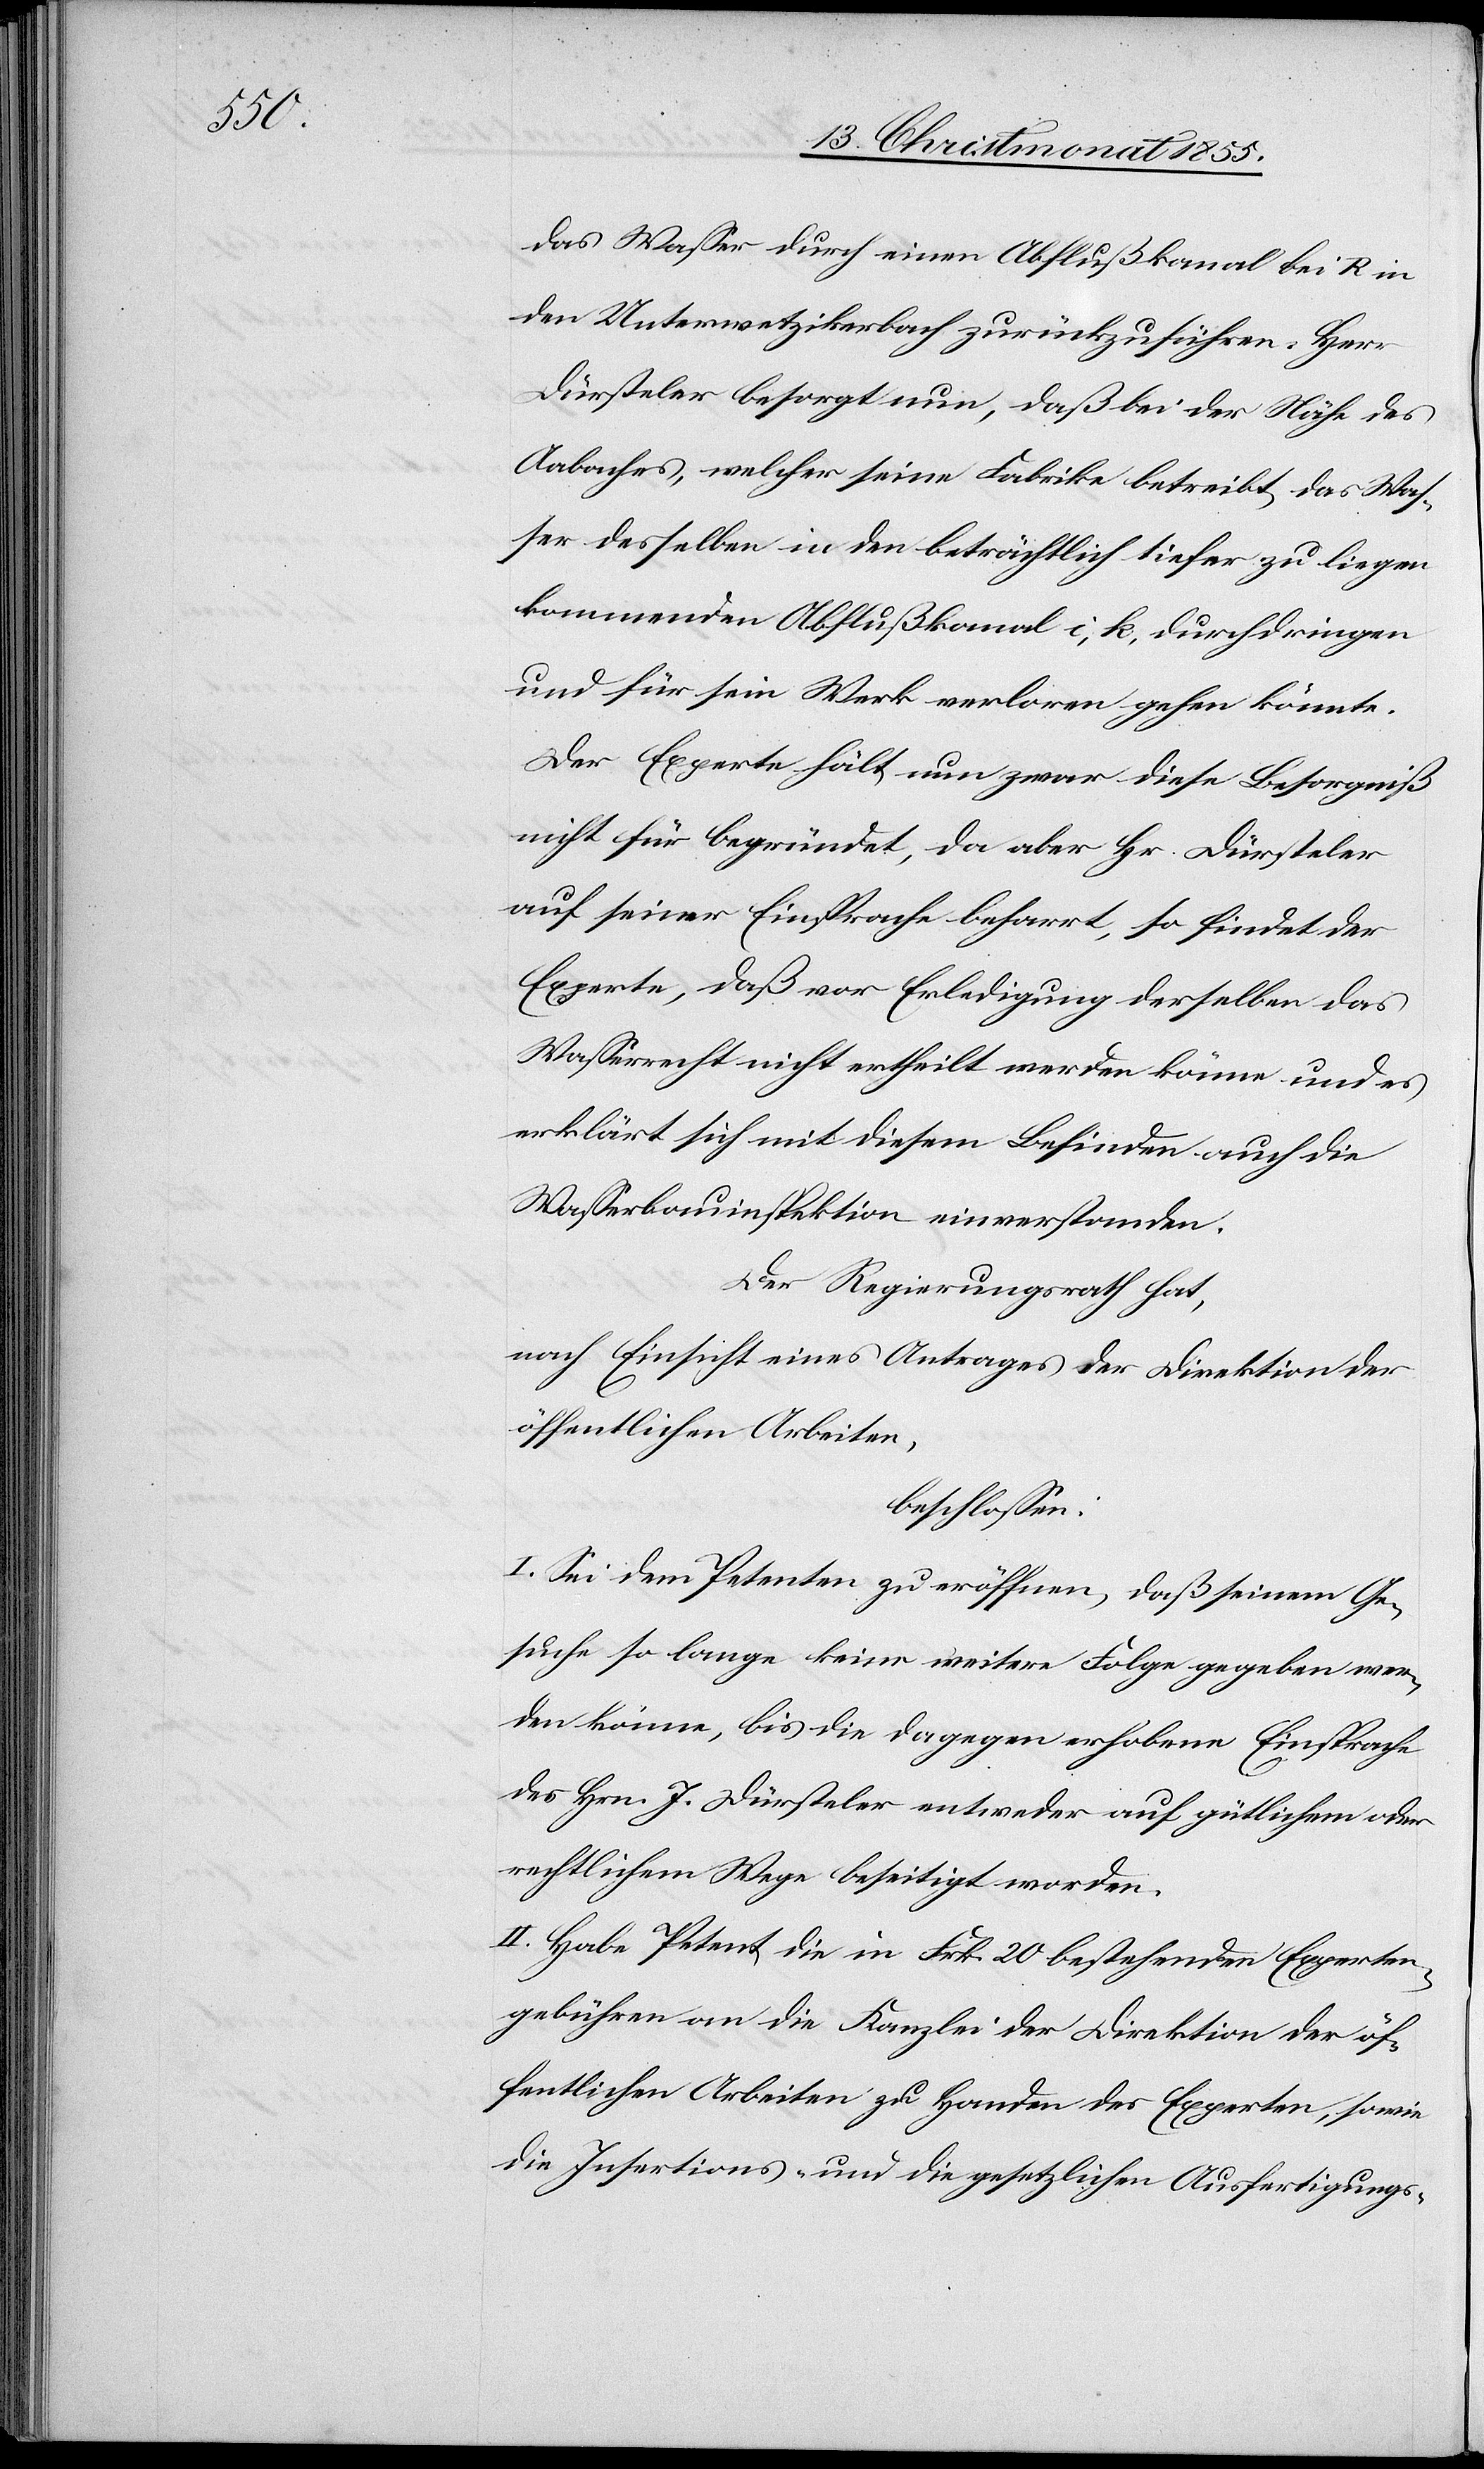
das Wasser durch einen Abflußkanal bei [?K] in
den Unterwetzikerbach zurückzuführen. Herr
Dürsteler besorgt nun, daß bei der Nähe des
Aabaches, welcher seine Fabrike betreibt, das Was¬
ser desselben in den beträchtlich tiefer zu liegen
kommenden Abflußkanal i, k, durchdringen
und für sein Werk verloren gehen könnte.
Der Experte hält nun zwar diese Besorgniß
nicht für begründet, da aber Hr. Dürsteler
auf seiner Einsprache beharrt, so findet der
Experte, daß vor Erledigung derselben das
Wasserrecht nicht ertheilt werden könne und es
erklärt sich mit diesem Befinden auch die
Wasserbauinspektion einverstanden.
Der Regierungsrath hat,
nach Einsicht eines Antrages der Direktion der
öffentlichen Arbeiten,
beschlossen:
I. Sei dem Petenten zu eröffnen, daß seinem Ge¬
suche so lange keine weitere Folge gegeben wer¬
den könne, bis die dagegen erhobene Einsprache
des Hrn. J. Dürsteler entweder auf gütlichem oder
rechtlichem Wege beseitigt worden.
II. Habe Petent die in Frk. 20 bestehenden Experten¬
gebühren an die Kanzlei der Direktion der öf¬
fentlichen Arbeiten zu Handen des Experten, sowie
die Insertions- und die gesetzlichen Ausfertigungs-